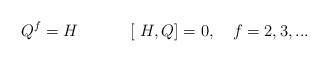
LaTeX: \begin{align*}Q^{f}=H \:\:\:\:\:\:\,\:\:\:\:\:\:\ [\ H, Q]=0, \:\:\:\ f=2, 3,...\end{align*}